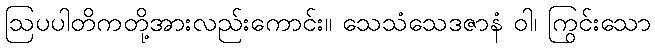
ဩပပါတိကတို့အားလည်းကောင်း။ သေသံသေဒဇာနံ ဝါ၊ ကြွင်းသော